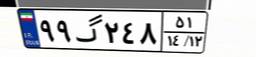
۶۰گ۱۴۵۰۳